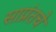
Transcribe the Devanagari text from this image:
साप्रंतचे